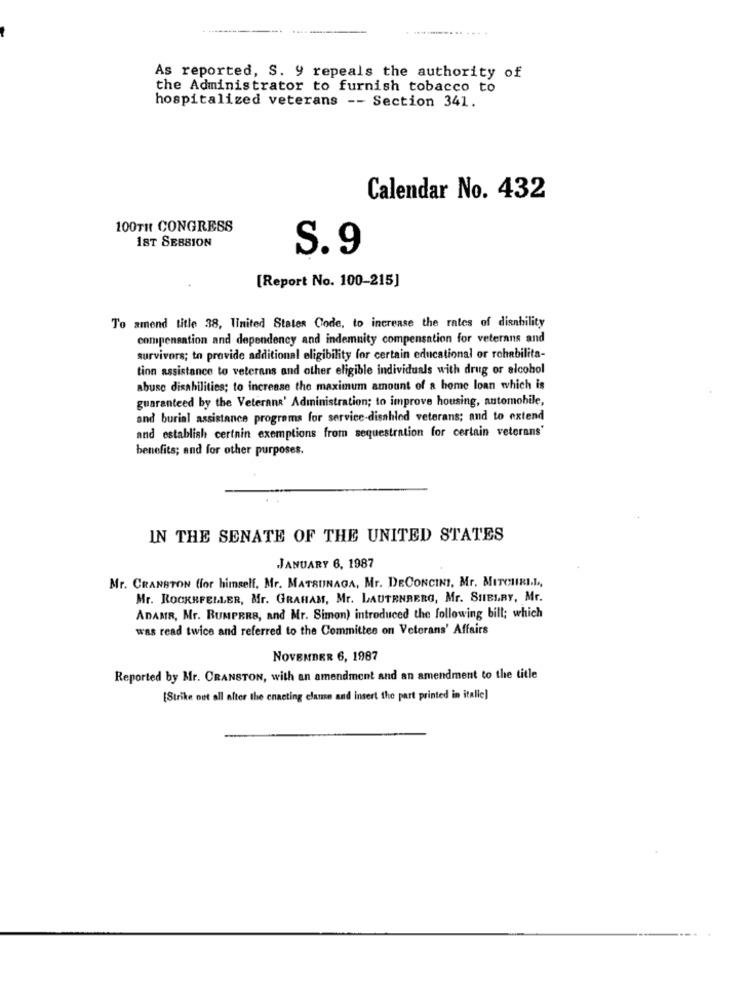
As reported, S. y repeals the authority of
the Administrator to furnish tobacco to
hospitalized veterans -- Section 341.
Calendar No. 432
100TH CONGRESS
18T SEBBION
S.9
[Report No. 100-215]
To amend title 38, United States Code, to increase the rates of disability
compensation and dependency and indemnity compensation for veterans and
survivors; to provide additional eligibility for certain educational or rehabilita-
tion assistance to veterans and other eligible individuals with drug or alcohol
abuse disabilities; to increase the maximum amount of a home loan which is
guaranteed by the Veterans' Administration; to improve housing, automobile,
and burial assistance programs for service-disabled veterans; and to extend
and establish certnin exemptions from sequestration for certain veterans'
benefits; and for other purposes.
IN THE SENATE OF THE UNITED STATES
JANUARY 6, 1987
Mr. CRANSTON for himself, Mr. MATSUNAGA, Mr. DECONCINI, Mr. MITCHELL,
Mr. ROCKEFELLER, Mr. GRAHAM, Mr. LAUTENBERG, Mr. SIIBLRY, Mr.
ADAMR, Mr. BUMPERS, and Mr. Simon) introduced the following bill; which
was read twice and referred to the Committee on Veterans' Affairs
NOVEMBER 6, 1987
Reported by Mr. CRANSTON, with an amendment and an amendment to the title
[Strike out all alter the enacting clause and insert the part printed in italie]